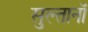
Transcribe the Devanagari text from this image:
सुल्तानॉ